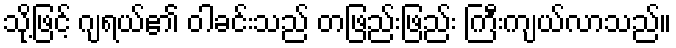
သို့ဖြင့် ဂျရယ်၏ ဝါခင်းသည် တဖြည်းဖြည်း ကြီးကျယ်လာသည်။